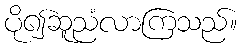
ပို၍ဆူညံလာကြသည်။